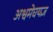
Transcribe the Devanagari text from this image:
अश्वमेघयज्ञ